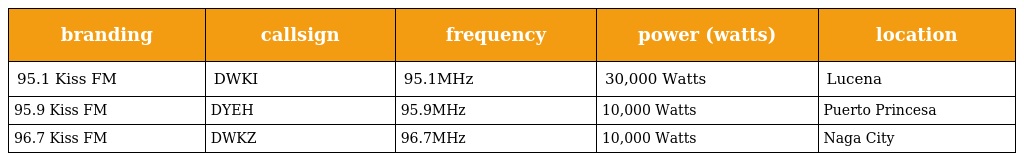
| branding | callsign | frequency | power (watts) | location |
 | --- | --- | --- | --- | --- |
 | 95.1 Kiss FM | DWKI | 95.1MHz | 30,000 Watts | Lucena |
 | 95.9 Kiss FM | DYEH | 95.9MHz | 10,000 Watts | Puerto Princesa |
 | 96.7 Kiss FM | DWKZ | 96.7MHz | 10,000 Watts | Naga City |